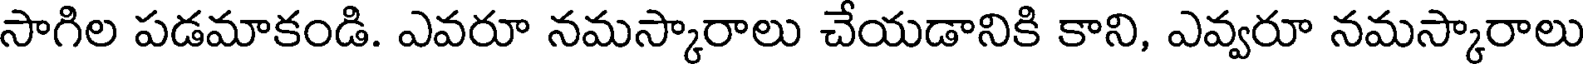
సాగిల పడమాకండి. ఎవరూ నమస్కారాలు చేయడానికి కాని, ఎవ్వరూ నమస్కారాలు